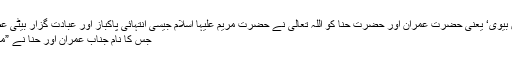
دونوں میاں بیوی‘ یعنی حضرت عمران اور حضرت حنّا کو اللہ تعالیٰ نے حضرت مریم علیہا اسلام جیسی انتہائی پاکباز اور عبادت گزار بیٹی عطا فرمائی-
جس کا نام جناب عمران اور حنّا نے ”مریم‘‘ رکھا۔